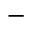
-